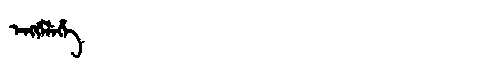
Manchu: ᡝᠩᡤᡝᠯᡝᡥᡝ
Romanization: ENGGELEHE